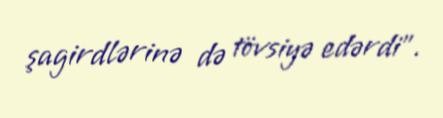
şagirdlərinə də tövsiyə edərdi".